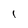
Character: l